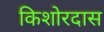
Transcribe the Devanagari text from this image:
किशोरदास